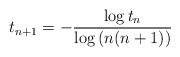
LaTeX: \begin{align*} t_{n+1} = -\dfrac{\log t_{n}}{\log{(n(n+1))}}\end{align*}